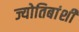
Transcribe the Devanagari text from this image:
ज्योतिबांशी